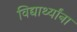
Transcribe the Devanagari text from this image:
विद्यार्थ्‍यांना